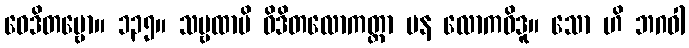
ဝေဒိတဗ္ဗော။ ၁၃၅။ သဗ္ဗထာပိ ဝိဒိတလောကတ္တာ ပန လောကဝိဒူ။ သော ဟိ ဘဂဝါ